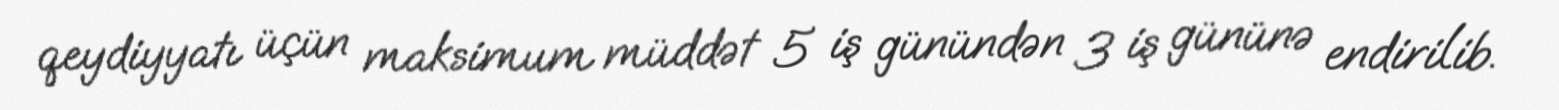
qeydiyyatı üçün maksimum müddət 5 iş günündən 3 iş gününə endirilib.